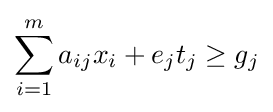
\sum _{i=1}^{m}a_{ij}x_{i}+e_{j}t_{j}\geq g_{j}